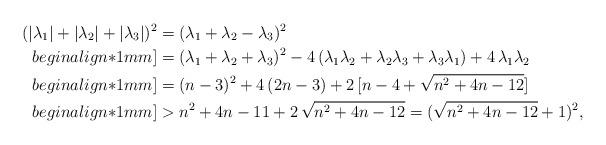
LaTeX: \begin{align*}(|\lambda_1|+|\lambda_2|+|\lambda_3|)^2&=(\lambda_1+\lambda_2-\lambda_3)^2\\begin{align*}1mm]&=(\lambda_1+\lambda_2+\lambda_3)^2-4\,(\lambda_1\lambda_2+\lambda_2\lambda_3+\lambda_3\lambda_1)+4\,\lambda_1\lambda_2\\begin{align*}1mm]&=(n-3)^2+4\,(2n-3)+2\,[n-4+\sqrt{n^2+4n-12}]\\begin{align*}1mm]&>n^2+4n-11+2\,\sqrt{n^2+4n-12}=(\sqrt{n^2+4n-12}+1)^2,\end{align*}